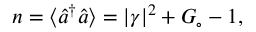
\begin{array} { r } { n = \langle \hat { a } ^ { \dagger } \hat { a } \rangle = | \gamma | ^ { 2 } + G _ { \circ } - 1 , } \end{array}